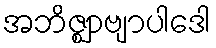
အဘိဇ္ဈာဗျာပါဒေါ